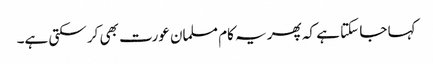
کہا جا سکتا ہے کہ پھر یہ کام مسلمان عورت بھی کر سکتی ہے۔